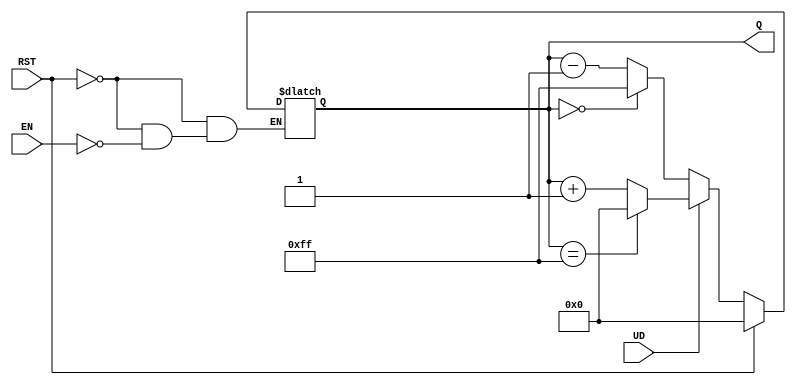
module up_down_async_counter #(
    parameter WIDTH = 8 // Parameter to define the width of the counter (number of bits)
)(
    input wire UD,      // Up/Down control signal
    input wire EN,      // Enable signal
    input wire RST,     // Asynchronous reset signal
    output reg [WIDTH-1:0] Q // Current count value
);

// Asynchronous reset and counting logic
always @* begin
    if (RST) begin
        Q = 0; // Reset count to zero
    end else if (EN) begin
        if (UD) begin
            // Count up
            Q = (Q == {WIDTH{1'b1}}) ? 0 : Q + 1; // Wrap around to 0 at max count
        end else begin
            // Count down
            Q = (Q == 0) ? {WIDTH{1'b1}} : Q - 1; // Wrap around to max count at 0
        end
    end else begin
        Q = Q; // Hold current value when EN is low
    end
end

endmodule